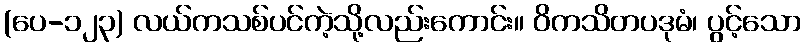
(ပေ-၁၂၃) လယ်ကသစ်ပင်ကဲ့သို့လည်းကောင်း။ ဝိကသိတပဒုမံ၊ ပွင့်သော